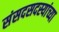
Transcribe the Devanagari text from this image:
संसदसदस्यांच्या